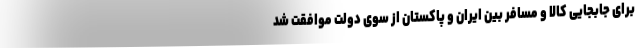
برای جابجایی کالا و مسافر بین ایران و پاکستان از سوی دولت موافقت شد